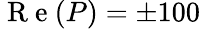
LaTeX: \mathrm{~R~e~}(P)=\pm 100